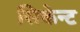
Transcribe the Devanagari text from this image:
सिकेन्ट